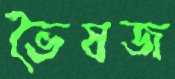
ভৈষজ